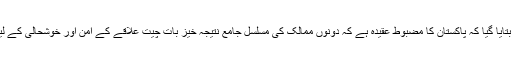
سینیٹ کو بتایا گیا کہ پاکستان کا مضبوط عقیدہ ہے کہ دونوں ممالک کی مسلسل جامع نتیجہ خیز بات چیت علاقے کے امن اور خوشحالی کے لیے اہم ہے۔